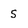
Character: 5